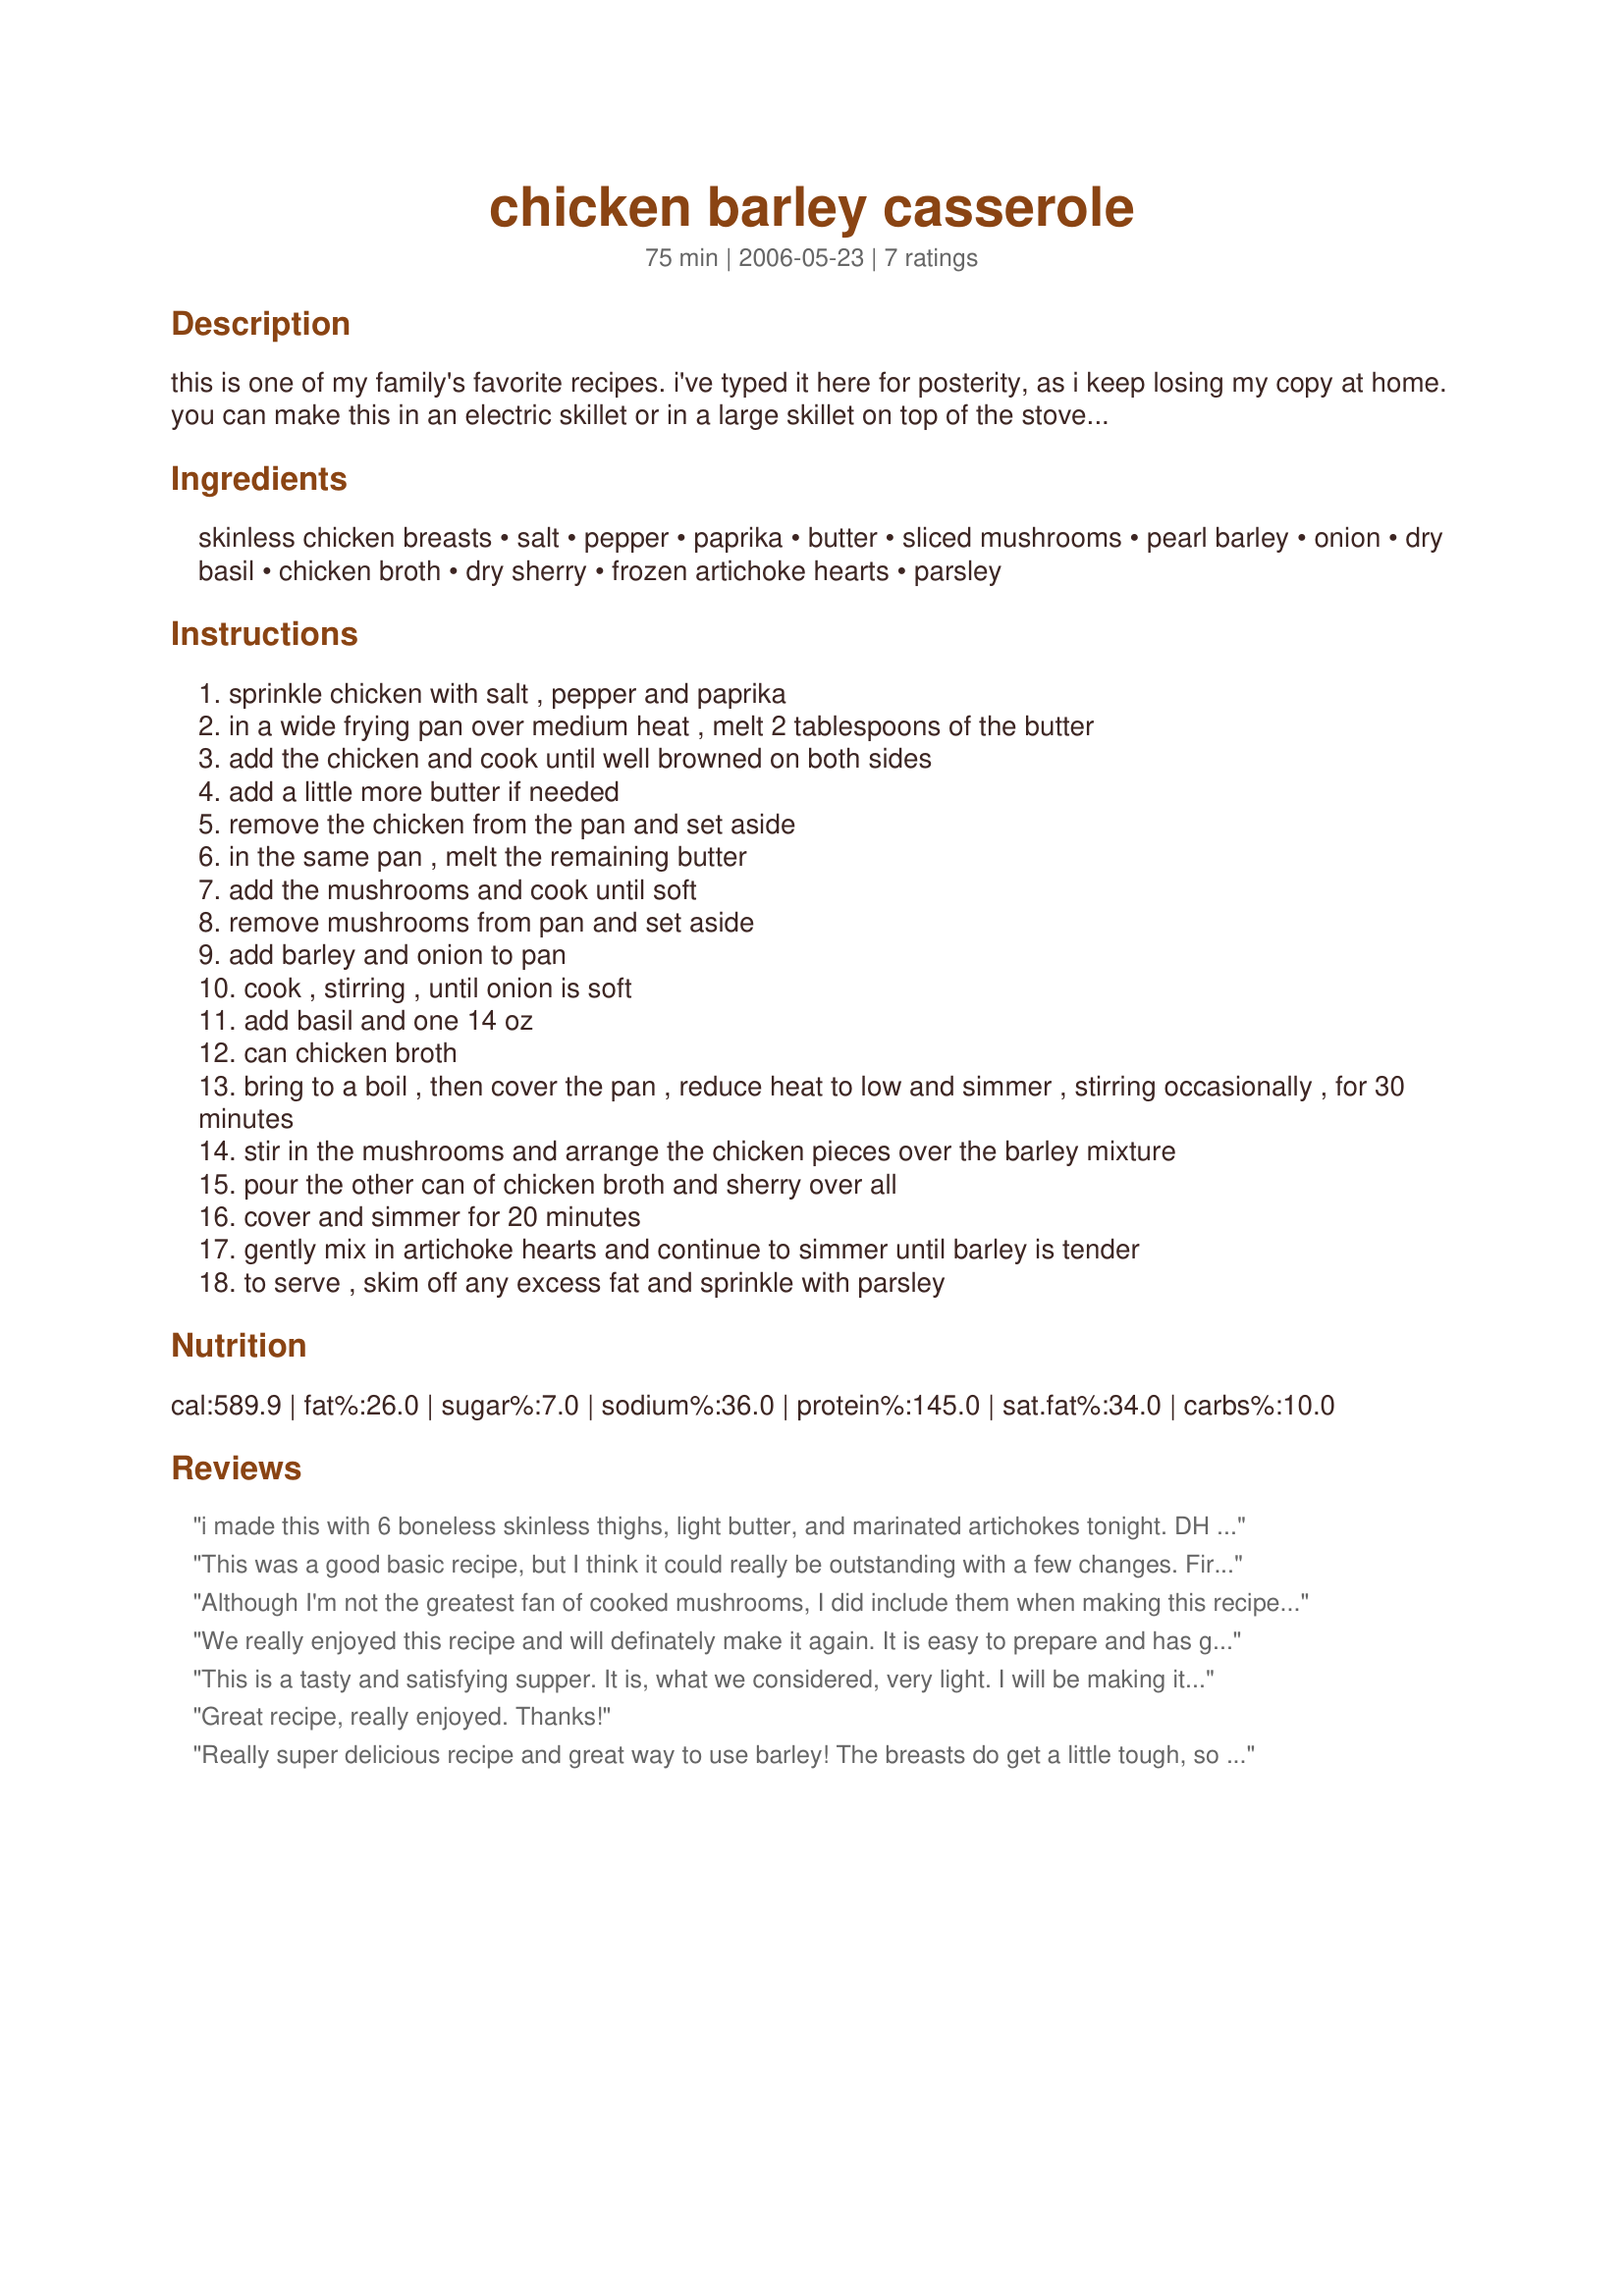
chicken barley casserole
Preparation time: 75 minutes

this is one of my family's favorite recipes. i've typed it here for posterity, as i keep losing my copy at home. you can make this in an electric skillet or in a large skillet on top of the stove. you can also use a cut up chicken, or a package of 6 thighs, or whatever your favorite chicken parts are, in this dish. instead of frozen artichoke hearts, i've also used marinated ones. enjoy!

Ingredients:
skinless chicken breasts, salt, pepper, paprika, butter, sliced mushrooms, pearl barley, onion, dry basil, chicken broth, dry sherry, frozen artichoke hearts, parsley

Steps:
sprinkle chicken with salt , pepper and paprika
in a wide frying pan over medium heat , melt 2 tablespoons of the butter
add the chicken and cook until well browned on both sides
add a little more butter if needed
remove the chicken from the pan and set aside
in the same pan , melt the remaining butter
add the mushrooms and cook until soft
remove mushrooms from pan and set aside
add barley and onion to pan
cook , stirring , until onion is soft
add basil and one 14 oz
can chicken broth
bring to a boil , then cover the pan , reduce heat to low and simmer , stirring occasionally , for 30 minutes
stir in the mushrooms and arrange the chicken pieces over the barley mixture
pour the other can of chicken broth and sherry over all
cover and simmer for 20 minutes
gently mix in artichoke hearts and continue to simmer until barley is tender
to serve , skim off any excess fat and sprinkle with parsley

Reviews:
i made this with 6 boneless skinless thighs, light butter, and marinated artichokes tonight. DH and i enjoyed it. thanks for posting this recipe! ^=..=^
This was a good basic recipe, but I think it could really be outstanding with a few changes. First, there needs to be much more seasoning. I was very generous with the salt, pepper and paprika on the chicken, which tasted very nice. However, with only the basil to season the rest of the dish, I thought it was kind of one-dimensional. The barley and artichokes really needed more flavor. Made for ZWT6.
Although I'm not the greatest fan of cooked mushrooms, I did include them when making this recipe (which I cut in half), but I only cooked them briefly until they were just fork-tender, & after setting them saide, I didn't add them again until the chicken was ready to be served! Other than that, however, the recipe was followed right on down & we really did enjoy this barley-based dish! Thanks for sharing the recipe! [Made & reviewed while in Great Britain with ZWT6]
We really enjoyed this recipe and will definately make it again. It is easy to prepare and has great flavor. We felt it needed a little more salt and basil than the recipe recommended. Thank you for a delicious dinner!
This is a tasty and satisfying supper. It is, what we considered, very light. I will be making it again. I did just as the directions said, which is rare becasue I always add something, but this didn't need it. Thank you for sharing!
Great recipe, really enjoyed. Thanks!
Really super delicious recipe and great way to use barley! The breasts do get a little tough, so I might try and different separate way of prepping them or use thighs next time. Thanks for the keeper!
